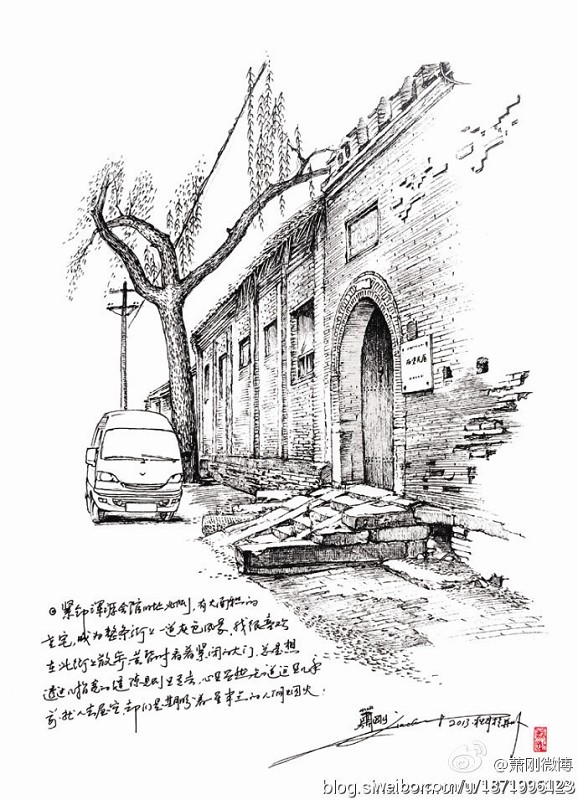
纵被春风吹作雪，绝胜南陌碾成尘。